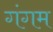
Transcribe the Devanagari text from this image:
गंगम